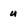
Character: u